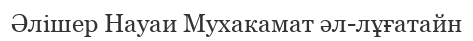
Әлішер Науаи Мухакамат әл-лұғатайн